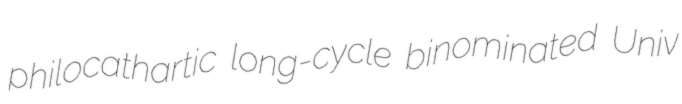
philocathartic long-cycle binominated Univ